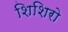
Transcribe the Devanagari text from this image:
शिशिरो